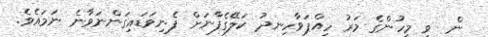
ން  ވި މީހުންގެ މަރު ހިއްޕަވާހިނދު ކަލޭގެފާނަށް ފެނިވަޑައިގަންނަވާނެ ނަމައެވެ.